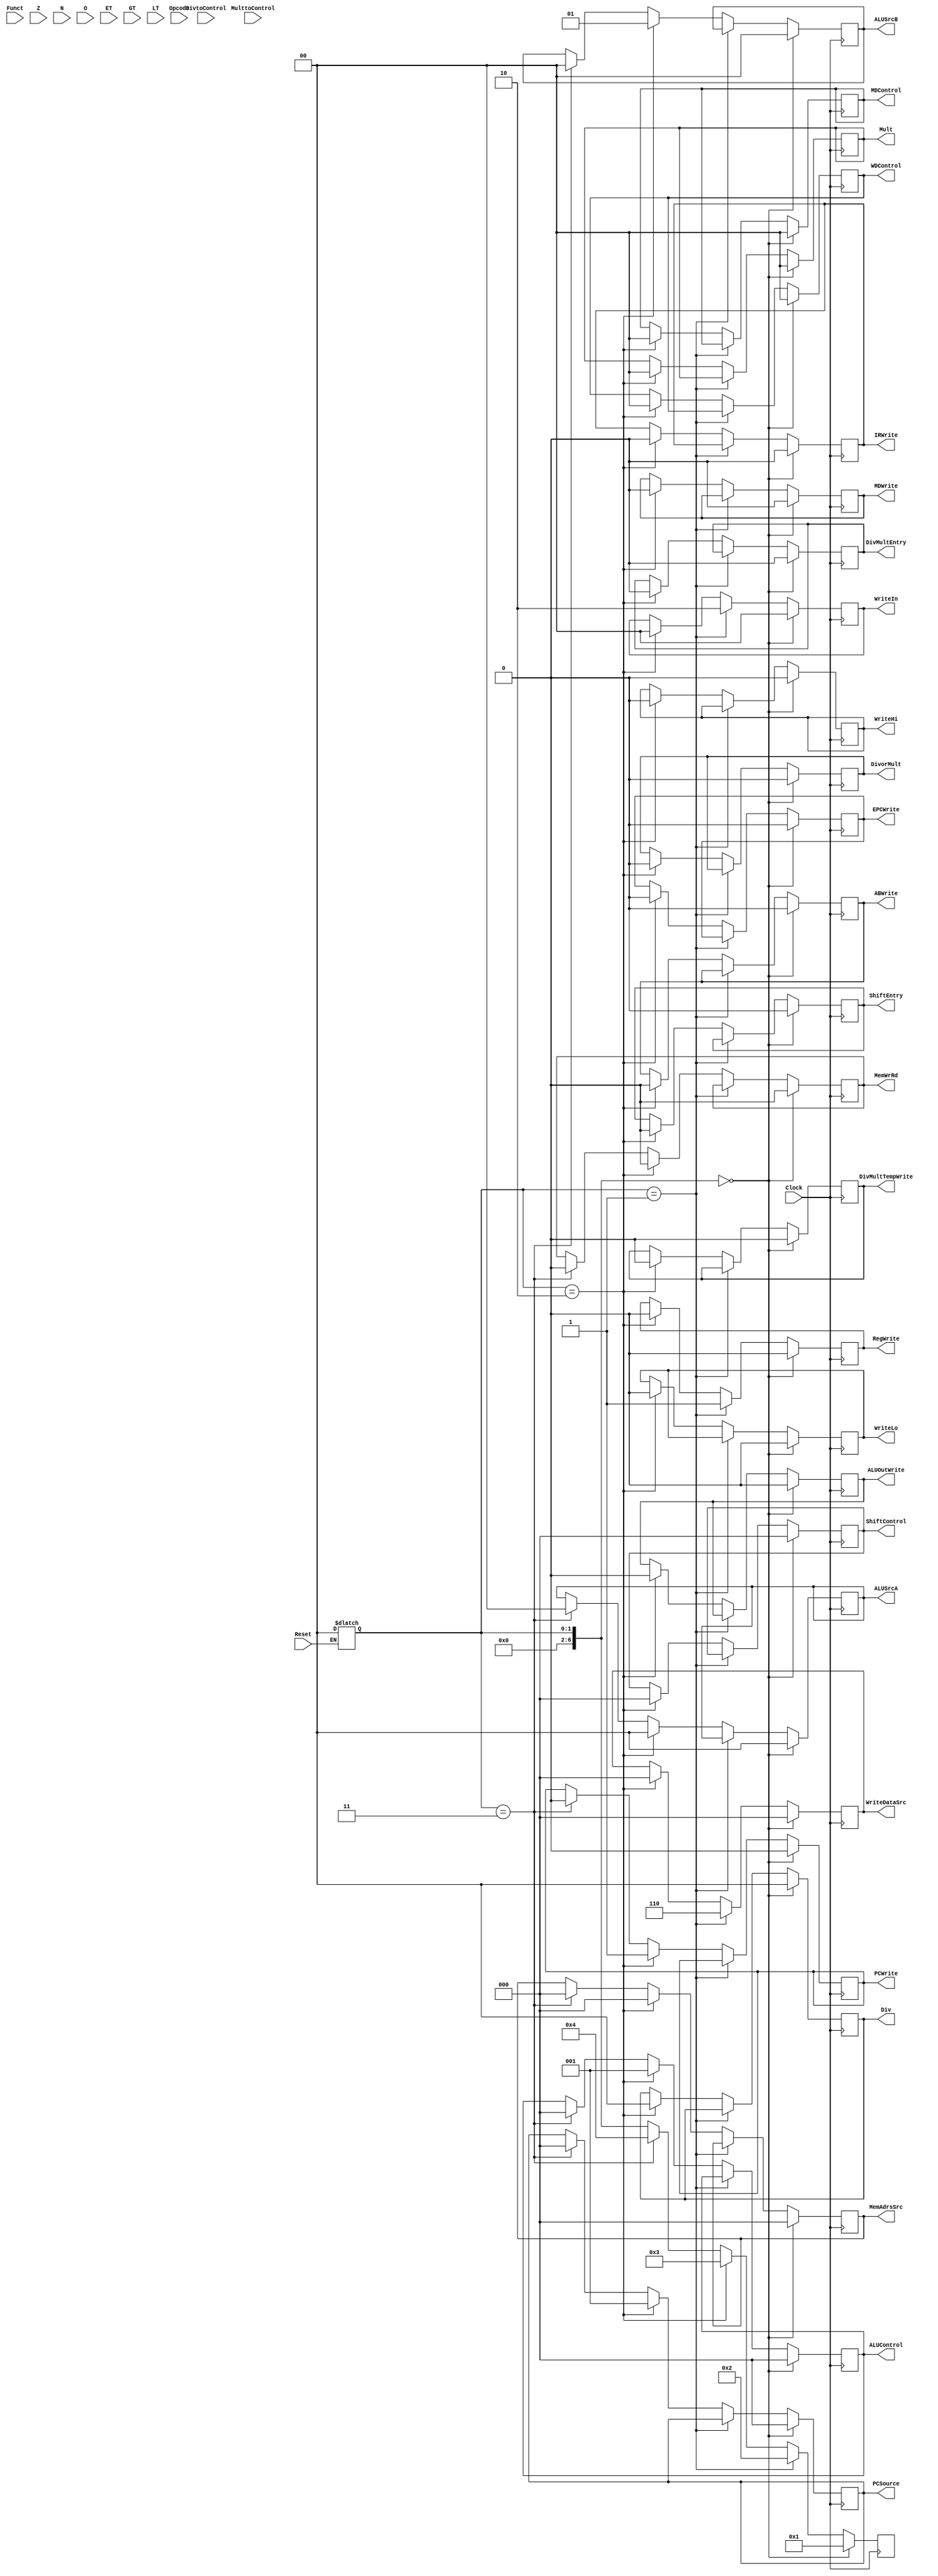
// Unidade de controle

module Control_Unit (
    // -- Outputs ---------------- //
    // PC:
    output reg        PCWrite,
    output reg  [2:0] PCSource,

    // Memria:
    output reg        MemWrRd,
    output reg  [2:0] MemAdrsSrc,
    output reg  [1:0] WDControl,
    
    // Registrador de instruo:
    output reg        IRWrite,

    // Registrador MD:
    output reg        MDWrite,
    output reg  [1:0] MDControl,

    // Banco de Registradores:
    output reg  [1:0] WriteIn,
    output reg  [2:0] WriteDataSrc,
    output reg        RegWrite,

    // Registradores A e B:
    output reg        ABWrite,

    // ALU:
    output reg  [2:0] ALUControl,
    output reg  [1:0] ALUSrcA,
    output reg  [1:0] ALUSrcB,
    output reg        ALUOutWrite,
    output reg        EPCWrite,

    // Registrador de shift:
    output reg  [2:0] ShiftControl,
    output reg        ShiftEntry,

    // Div/Mult:
    output reg        DivMultTempWrite,
    output reg        DivMultEntry,
    output reg  [1:0] Div,
    output reg  [1:0] Mult,
    output reg        DivorMult,
    output reg        WriteHi,
    output reg        WriteLo,


    // -- inputs --------------- //
    // Externos:
    input  wire       Clock,
    input  wire       Reset,

    // Div/Mult:
    input  wire       MulttoControl,
    input  wire [1:0] DivtoControl,

    // Instrues:
    input  wire [5:0] Funct,
    input  wire [5:0] Opcode,

    // Flags:
    input  wire       Z,
    input  wire       N,
    input  wire       O,
    input  wire       ET,
    input  wire       GT,
    input  wire       LT
);
    parameter RESET1 = 7'd0;
    parameter RESET2 = 7'd1;
    parameter BUSCA1 = 7'd2;
    parameter BUSCA2 = 7'd3;
    parameter INSTRUCAOWRITE = 7'd4;
    parameter LEITURA1 = 7'd5;
    parameter LEITURA2 = 7'd6;
    parameter ESCREVE1 = 7'd7;
    parameter ESCREVE2 = 7'd8;
    parameter AND = 7'd9;
    parameter ADD = 7'd10;
    parameter SUB = 7'd11;
    parameter ADDIS = 7'd12;
    parameter JR = 7'd13;
    parameter J = 7'd14;
    parameter JAL1 = 7'd15;
    parameter JAL2 = 7'd16;
    parameter MFHI = 7'd17;
    parameter MFLO = 7'd18;
    parameter SLT = 7'd19;
    parameter BREAK = 7'd20;
    parameter RTE = 7'd21;
    parameter LUI = 7'd22;
    parameter SLTI = 7'd23;
    parameter BRANCHS = 7'd24;
    parameter DESVIO = 7'd25;
    parameter OFFSOMARS = 7'd26;
    parameter MEMTOMDR1 = 7'd27;
    parameter MEMTOMDR2 = 7'd28;
    parameter ADDM = 7'd29;
    parameter LB = 7'd30;
    parameter LH = 7'd31;
    parameter LW = 7'd32;
    parameter SB = 7'd33;
    parameter SH = 7'd34;
    parameter SW = 7'd35;
    parameter SHIFTSHAMT = 7'd36;
    parameter SHIFTREG = 7'd37;
    parameter SHIFTDIREITA = 7'd38;
    parameter SHIFTARITMETICO = 7'd39;
    parameter SHIFTESQUERDA = 7'd40;
    parameter SHIFTRESULT = 7'd41;
    parameter OVERFLOW = 7'd42;
    parameter OVERFLOW2 = 7'd43;
    parameter OVERFLOW3 = 7'd44;
    parameter OVERFLOW4 = 7'd45;
    parameter INEXISTENTE = 7'd46;
    parameter INEXISTENTE2 = 7'd47;
    parameter INEXISTENTE3 = 7'd48;
    parameter INEXISTENTE4 = 7'd49;
    parameter MULT1 = 7'd50;
    parameter MULT2 = 7'd51;
    parameter MULT3 = 7'd52;
    parameter DIV1 = 7'd53;
    parameter DIV2 = 7'd54;
    parameter DIV3 = 7'd55;
    parameter DIVM1 = 7'd56;
    parameter DIVM2 = 7'd57;
    parameter DIVM3 = 7'd58;
    parameter DIVM4 = 7'd59;
    parameter DIVM5 = 7'd60;
    parameter DIVZERO = 7'd61;
    parameter DIVZERO2 = 7'd62;
    parameter DIVZERO3 = 7'd63;
    parameter DIVZERO4 = 7'd64;

    
    reg [6:0] State;
    reg [1:0] Counter;
    

    initial begin
        State <= BUSCA1;
        Counter <= 2'b00;
        PCWrite <= 0;
        PCSource <= 3'b000;
        MemWrRd <= 0;
        MemAdrsSrc <= 3'b000;
        WDControl <= 2'b00;
        IRWrite <= 0;
        MDWrite <= 0;
        MDControl <= 2'b00;
        WriteIn <= 2'b00;
        WriteDataSrc <= 3'b000;
        RegWrite <= 0;
        ABWrite <= 0;
        ALUControl <= 3'b000;
        ALUSrcA <= 2'b00;
        ALUSrcB <= 2'b00;
        ALUOutWrite <= 0;
        EPCWrite <= 0;
        ShiftControl <= 3'b000;
        ShiftEntry <= 0;
        DivMultTempWrite <= 0;
        DivMultEntry <= 0;
        Div <= 2'b00;
        Mult <= 2'b00;
        DivorMult <= 0;
        WriteHi <= 0;
        WriteLo <= 0;
    end


    always @(*) begin
        if (Reset) State <= RESET1;
    end


    always @(posedge Clock) begin
        if (State == RESET1) begin
            State <= RESET2;
            Counter <= 2'b00;
            PCWrite <= 0;
            PCSource <= 3'b000;
            MemWrRd <= 0;
            MemAdrsSrc <= 3'b000;
            WDControl <= 2'b00;
            IRWrite <= 0;
            MDWrite <= 0;
            MDControl <= 2'b00;
            WriteIn <= 2'b00;
            WriteDataSrc <= 3'b000;
            RegWrite <= 0;
            ABWrite <= 0;
            ALUControl <= 3'b000;
            ALUSrcA <= 2'b00;
            ALUSrcB <= 2'b00;
            ALUOutWrite <= 0;
            EPCWrite <= 0;
            ShiftControl <= 3'b000;
            ShiftEntry <= 0;
            DivMultTempWrite <= 0;
            DivMultEntry <= 0;
            Div <= 2'b00;
            Mult <= 2'b00;
            DivorMult <= 0;
            WriteHi <= 0;
            WriteLo <= 0;
        end
        else if (State == RESET2) begin
            WriteIn <= 2'b10;
            WriteDataSrc <= 3'b110;
            RegWrite <= 1;
            State <= BUSCA1;
        end
        else if (State == BUSCA1) begin
            PCWrite <= 1;//
            PCSource <= 3'b001;//
            MemWrRd <= 0;//
            MemAdrsSrc <= 3'b000;//
            WDControl <= 2'b00;
            IRWrite <= 0;
            MDWrite <= 0;
            MDControl <= 2'b00;
            WriteIn <= 2'b00;
            WriteDataSrc <= 3'b000;
            RegWrite <= 0;
            ABWrite <= 0;
            ALUControl <= 3'b001;//
            ALUSrcA <= 2'b00;//
            ALUSrcB <= 2'b01;//
            ALUOutWrite <= 0;
            EPCWrite <= 0;
            ShiftControl <= 3'b000;
            ShiftEntry <= 0;
            DivMultTempWrite <= 0;
            DivMultEntry <= 0;
            Div <= 2'b00;
            Mult <= 2'b00;
            DivorMult <= 0;
            WriteHi <= 0;
            WriteLo <= 0;
            
            Counter <= 2'b00;
            State <= BUSCA2;
        end
        else if (State == BUSCA2) begin
            PCWrite <= 0;
            PCSource <= 3'b000;
            MemWrRd <= 0;//
            MemAdrsSrc <= 3'b000;//
            ALUControl <= 3'b000;
            ALUSrcA <= 2'b00;
            ALUSrcB <= 2'b00;
            
            State <= INSTRUCAOWRITE;
        end
        else if (State == INSTRUCAOWRITE) begin
            MemWrRd <= 0;
            MemAdrsSrc <= 3'b000;
            IRWrite <= 1;//
            
            State <= LEITURA1;
        end
        else if (State == LEITURA1) begin
            IRWrite <= 0;
            ABWrite <= 1;//
            ALUControl <= 3'b001;//
            ALUSrcA <= 2'b00;//
            ALUSrcB <= 2'b11;//
            ALUOutWrite <= 1;//
            
            State <= LEITURA2;
        end
        else if (State == LEITURA2) begin
            ABWrite <= 0;
            ALUControl <= 3'b000;
            ALUSrcA <= 2'b00;
            ALUSrcB <= 2'b00;
            ALUOutWrite <= 0;

            Counter <= 2'b00;
            if (Opcode == 6'h0) begin
                if (Funct == 6'h0 || Funct == 6'h2 ||
                    Funct == 6'h3)
                    State <= SHIFTSHAMT;
                else if (Funct == 6'h4 || Funct == 6'h7)
                    State <= SHIFTREG;
                else if (Funct == 6'h5)
                    State <= DIVM1;
                else if (Funct == 6'h8)
                    State <= JR;
                else if (Funct == 6'hd)
                    State <= BREAK;
                else if (Funct == 6'h10)
                    State <= MFHI;
                else if (Funct == 6'h12)
                    State= MFLO;
                else if (Funct == 6'h13)
                    State <= RTE;
                else if (Funct == 6'h18)
                    State <= MULT1;
                else if (Funct == 6'h1a)
                    State <= DIV1; 
                else if (Funct == 6'h20)
                    State <= ADD;
                else if (Funct == 6'h22)
                    State <= SUB;
                else if (Funct == 6'h24)
                    State <= AND;
                else if (Funct == 6'h2a)
                    State <= SLT;
                else 
                    State <= INEXISTENTE;
            end
            else if (Opcode == 6'h2)
                State <= J;
            else if (Opcode == 6'h3)
                State <= JAL1;
            else if (Opcode == 6'h4 || Opcode == 6'h5 ||
                     Opcode == 6'h6 || Opcode == 6'h7)
                State <= BRANCHS;
            else if (Opcode == 6'h8 || Opcode == 6'h9)
                State <= ADDIS;
            else if (Opcode == 6'ha)
                State <= SLTI;
            else if (Opcode == 6'hf)
                    State <= LUI;
            else if (Opcode == 6'h1  || Opcode == 6'h20 ||
                     Opcode == 6'h21 || Opcode == 6'h23 ||
                     Opcode == 6'h28 || Opcode == 6'h29 ||
                     Opcode == 6'h2b)
                State <= OFFSOMARS;
            else
                State <= INEXISTENTE;
        end
        else if (State == ESCREVE1) begin
            WriteIn <= 2'b01;//
            WriteDataSrc <= 3'b000;//
            RegWrite <= 1;//
            ALUControl <= 3'b000;
            ALUSrcA <= 2'b00;
            ALUSrcB <= 2'b00;
            ALUOutWrite <= 0;

            Counter <= 2'b00;
            State <= BUSCA1;
        end
        else if (State == ESCREVE2) begin
            WriteIn <= 2'b00;//
            WriteDataSrc <= 3'b000;//
            RegWrite <= 1;//
            ALUControl <= 3'b000;
            ALUSrcA <= 2'b00;
            ALUSrcB <= 2'b00;
            ALUOutWrite <= 0;

            Counter <= 2'b00;
            State <= BUSCA1;
        end
        else if (State == AND) begin
            ALUControl <= 3'b011;//
            ALUSrcA <= 2'b01;//
            ALUSrcB <= 2'b00;//
            ALUOutWrite <= 1;//

            State <= ESCREVE1;
        end
        else if (State == ADD) begin
            ALUControl <= 3'b001;//
            ALUSrcA <= 2'b01;//
            ALUSrcB <= 2'b00;//
            ALUOutWrite <= 1;//

            if (Counter == 2'b01) begin 
                if (O == 1)
                    State <= OVERFLOW;
                else
                    State <= ESCREVE1;
            end
            else
                Counter <= Counter + 1;
        end
        else if (State == SUB) begin
            ALUControl <= 3'b010;//
            ALUSrcA <= 2'b01;//
            ALUSrcB <= 2'b00;//
            ALUOutWrite <= 1;//
            
            if (Counter == 2'b01) begin 
                if (O == 1)
                    State <= OVERFLOW;
                else
                    State <= ESCREVE1;
            end
            else
                Counter <= Counter + 1;
        end
        else if (State == ADDIS) begin
            ALUControl <= 3'b001;//
            ALUSrcA <= 2'b01;//
            ALUSrcB <= 2'b10;//
            ALUOutWrite <= 1;//

            if (Counter == 2'b01) begin 
                if (Opcode == 6'h8 && O == 1)
                    State <= OVERFLOW;
                else
                    State <= ESCREVE2;
            end
            else
                Counter <= Counter + 1;
        end
        else if (State == JR) begin
            PCWrite <= 1;//
            PCSource <= 3'b001;//
            ALUControl <= 3'b000;//
            ALUSrcA <= 2'b01;//
            
            State <= BUSCA1;
        end
        else if (State == J) begin
            PCWrite <= 1;//
            PCSource <= 3'b000;//
            
            State <= BUSCA1;
        end
        else if (State == JAL1) begin
            ALUControl <= 3'b000;//
            ALUSrcA <= 2'b00;//
            ALUOutWrite <= 1;//
            
            State <= JAL2;
        end
        else if (State == JAL2) begin
            PCWrite <= 1;//
            PCSource <= 3'b000;//
            WriteIn <= 2'b11;//
            WriteDataSrc <= 3'b000;//
            RegWrite <= 1;//
            ALUControl <= 3'b000;
            ALUSrcA <= 2'b00;
            ALUOutWrite <= 0;

            State <= BUSCA1;
        end
        else if (State == MFHI) begin
            WriteIn <= 2'b01;//
            WriteDataSrc <= 3'b100;//
            RegWrite <= 1;//
            
            State <= BUSCA1;
        end
        else if (State == MFLO) begin
            WriteIn <= 2'b01;//
            WriteDataSrc <= 3'b011;//
            RegWrite <= 1;//
            
            State <= BUSCA1;
        end
        else if (State == SLT) begin
            WriteIn <= 2'b01;//
            WriteDataSrc <= 3'b111;//
            RegWrite <= 1;//
            ALUControl <= 3'b111;//
            ALUSrcA <= 2'b01;//
            ALUSrcB <= 2'b00;//
            
            State <= BUSCA1;
        end
        else if (State == BREAK) begin
            PCWrite <= 1;//
            PCSource <= 3'b001;//
            ALUControl <= 3'b010;//
            ALUSrcA <= 2'b00;//
            ALUSrcB <= 2'b01;//
            
            State <= BUSCA1;
        end
        else if (State == RTE) begin
            PCWrite <= 1;//
            PCSource <= 3'b010;//
            
            State <= BUSCA1;
        end
        else if (State == LUI) begin
            WriteIn <= 2'b00;//
            WriteDataSrc <= 3'b010;//
            RegWrite <= 1;//
            
            State <= BUSCA1;
        end
        else if (State == SLTI) begin
            WriteIn <= 2'b00;//
            WriteDataSrc <= 3'b111;//
            RegWrite <= 1;//
            ALUControl <= 3'b111;///
            ALUSrcA <= 2'b01;//
            ALUSrcB <= 2'b10;//
            
            State <= BUSCA1;
        end
        else if (State == BRANCHS) begin
            ALUControl <= 3'b111;//
            ALUSrcA <= 2'b01;//
            ALUSrcB <= 2'b00;//
            
            if (Counter == 2'b01) begin 
                if ((Opcode == 6'h4 && ET == 0) ||
                    (Opcode == 6'h5 && ET == 1) ||
                    (Opcode == 6'h6 && GT == 1) ||
                    (Opcode == 6'h7 && GT == 0))
                    State <= BUSCA1;
                else if ((Opcode == 6'h4 && ET == 1) ||
                    (Opcode == 6'h5 && ET == 0) ||
                    (Opcode == 6'h6 && (ET == 1 || LT == 1)) ||
                    (Opcode == 6'h7 && GT == 1))
                    State <= DESVIO;
            end
            else
                Counter <= Counter + 1;
        end
        else if (State == DESVIO) begin
            PCWrite <= 1;//
            PCSource <= 3'b011;//
            ALUControl <= 3'b000;
            ALUSrcA <= 2'b00;
            ALUSrcB <= 2'b00;

            Counter <= 2'b00;
            State <= BUSCA1;
        end
        else if (State == OFFSOMARS) begin
            ALUControl <= 3'b001;//
            ALUSrcA <= 2'b01;//
            ALUSrcB <= 2'b10;//
            ALUOutWrite <= 1;//
            
            State <= MEMTOMDR1;
        end
        else if (State == MEMTOMDR1) begin
            MemWrRd <= 0;//
            MemAdrsSrc <= 3'b001;//
            ALUControl <= 3'b000;
            ALUSrcA <= 2'b00;
            ALUSrcB <= 2'b00;
            ALUOutWrite <= 0;
            
            if (Counter == 2'b00) begin
                Counter <= Counter + 1;
            end
            else if (Counter == 2'b01) begin
                Counter <= 2'b00;
                State <= MEMTOMDR2;
            end
        end
        else if (State == MEMTOMDR2) begin
            MemWrRd <= 0;//
            MemAdrsSrc <= 3'b001;//
            MDWrite <= 1;//

            Counter <= 2'b00;
            if (Opcode == 6'h1)
                State <= ADDM;
            else if (Opcode == 6'h20)
                State <= LB;
            else if (Opcode == 6'h21)
                State <= LH;
            else if (Opcode == 6'h23)
                State <= LW;
            else if (Opcode == 6'h28)
                State <= SB;
            else if (Opcode == 6'h29)
                State <= SH;
            else if (Opcode == 6'h2b)
                State <= SW;
        end
        else if (State == ADDM) begin
            ALUControl <= 3'b001;//
            ALUSrcA <= 2'b10;//
            ALUSrcB <= 2'b00;//
            ALUOutWrite <= 1;//
            MemWrRd <= 0;
            MemAdrsSrc <= 3'b000;
            MDWrite <= 0;


            if (Counter == 2'b01) begin 
                if (O == 1)
                    State <= OVERFLOW;
                else
                    State <= ESCREVE2;
            end
            else
                Counter <= Counter + 1;
        end
        else if (State == LB) begin
            MDControl <= 2'b10;//
            WriteIn <= 2'b00;//
            WriteDataSrc <= 3'b001;//
            RegWrite <= 1;//
            MemWrRd <= 0;
            MemAdrsSrc <= 3'b000;
            MDWrite <= 0;

            State <= BUSCA1;
        end
        else if (State == LH) begin
            MDControl <= 2'b01;//
            WriteIn <= 2'b00;//
            WriteDataSrc <= 3'b001;//
            RegWrite <= 1;//
            MemWrRd <= 0;
            MemAdrsSrc <= 3'b000;
            MDWrite <= 0;

            State <= BUSCA1;
        end
        else if (State == LW) begin
            MDControl <= 2'b00;//
            WriteIn <= 2'b00;//
            WriteDataSrc <= 3'b001;//
            RegWrite <= 1;//
            MemWrRd <= 0;
            MemAdrsSrc <= 3'b000;
            MDWrite <= 0;
            
            State <= BUSCA1;
        end
        else if (State == SB) begin
            MemWrRd <= 1;//
            MemAdrsSrc <= 3'b001;//
            WDControl <= 2'b10;//
            
            State <= BUSCA1;
        end
        else if (State == SH) begin
            MemWrRd <= 1;//
            MemAdrsSrc <= 3'b001;//
            WDControl <= 2'b01;//
            
            State <= BUSCA1;
        end
        else if (State == SW) begin
            MemWrRd <= 1;//
            MemAdrsSrc <= 3'b001;//
            WDControl <= 2'b00;//
            
            State <= BUSCA1;
        end
        else if (State == SHIFTSHAMT) begin
            ShiftControl <= 3'b001;//
            ShiftEntry <= 0;//
            
            if (Funct == 6'h2)
                State <= SHIFTDIREITA;
            else if (Funct == 6'h3)
                State <= SHIFTARITMETICO;
            else if (Funct == 6'h0)
                State <= SHIFTESQUERDA;
        end
        else if (State == SHIFTREG) begin
            ShiftControl <= 3'b001;//
            ShiftEntry <= 1;//
            
            if (Funct == 6'h4)
                State <= SHIFTESQUERDA;
            else if (Funct == 6'h7)
                State <= SHIFTARITMETICO;
        end
        else if (State == SHIFTDIREITA) begin
            ShiftControl <= 3'b011;//
            ShiftEntry <= 0;

            State <= SHIFTRESULT;
        end
        else if (State == SHIFTARITMETICO) begin
            ShiftControl <= 3'b100;//
            ShiftEntry <= 0;
            
            State <= SHIFTRESULT;
        end
        else if (State == SHIFTESQUERDA) begin
            ShiftControl <= 3'b010;//
            ShiftEntry <= 0;
            
            State <= SHIFTRESULT;
        end
        else if (State == SHIFTRESULT) begin
            WriteIn <= 2'b01;//
            WriteDataSrc <= 3'b101;//
            RegWrite <= 1;//
            ShiftControl <= 3'b000;
            
            State <= BUSCA1;
        end
        else if (State == OVERFLOW) begin
            ALUControl <= 3'b010;//
            ALUSrcA <= 2'b00;//
            ALUSrcB <= 2'b01;//
            EPCWrite <= 1;//
            MemWrRd <= 0;//
            MemAdrsSrc <= 3'b011;//
            ALUOutWrite <= 0;

            State <= OVERFLOW2;
        end
        else if (State == OVERFLOW2) begin
            MemWrRd <= 0;//
            MemAdrsSrc <= 3'b011;//
            ALUControl <= 3'b000;
            ALUSrcA <= 2'b00;
            ALUSrcB <= 2'b00;
            EPCWrite <= 0;

            State <= OVERFLOW3;
        end
        else if (State == OVERFLOW3) begin
            MemWrRd <= 0;//
            MemAdrsSrc <= 3'b011;//
            MDWrite <= 1;//
            
            State <= OVERFLOW4;
        end
        else if (State == OVERFLOW4) begin
            PCWrite <= 1;//
            PCSource <= 3'b100;//
            MDControl <= 2'b10;//
            MemWrRd <= 0;
            MemAdrsSrc <= 3'b000;
            MDWrite <= 0;

            State <= BUSCA1;
        end
        else if (State == INEXISTENTE) begin
            ALUControl <= 3'b010;//
            ALUSrcA <= 2'b00;//
            ALUSrcB <= 2'b01;//
            EPCWrite <= 1;//
            MemWrRd <= 0;//
            MemAdrsSrc <= 3'b010;//
            ALUOutWrite <= 0;
            
            State <= INEXISTENTE2;
        end
        else if (State == INEXISTENTE2) begin
            MemWrRd <= 0;//
            MemAdrsSrc <= 3'b010;//
            ALUControl <= 3'b000;
            ALUSrcA <= 2'b00;
            ALUSrcB <= 2'b00;
            EPCWrite <= 0;

            State <= INEXISTENTE3;
        end
        else if (State == INEXISTENTE3) begin
            MemWrRd <= 0;//
            MemAdrsSrc <= 3'b010;//
            MDWrite <= 1;//

            State <= INEXISTENTE4;
        end
        else if (State == INEXISTENTE4) begin
            PCWrite <= 1;//
            PCSource <= 3'b100;//
            MDControl <= 2'b10;//
            MemWrRd <= 0;
            MemAdrsSrc <= 3'b000;
            MDWrite <= 0;

            State <= BUSCA1;
        end
        else if (State == MULT1) begin
            DivMultEntry <= 0;//
            Mult <= 2'b01;//
            
            State <= MULT2;
        end
        else if (State == MULT2) begin
            Mult <= 2'b10;//
            DivMultEntry <= 0;

            if (MulttoControl == 1)
                State <= MULT3;
        end
        else if (State == MULT3) begin
            DivorMult <= 1;//
            WriteHi <= 1;//
            WriteLo <= 1;//
            Mult <= 2'b00;

            State <= BUSCA1;
        end
        else if (State == DIV1) begin
            DivMultEntry <= 0;//
            Div <= 2'b01;//

            State <= DIV2;
        end
        else if (State == DIV2) begin
            Div <= 2'b10;//
            DivMultEntry <= 0;

            if (DivtoControl == 2'b01)
                State <= DIV3;
            else if (DivtoControl == 2'b10)
                State <= DIVZERO;
        end
        else if (State == DIV3) begin
            DivorMult <= 0;//
            WriteHi <= 1;//
            WriteLo <= 1;//
            Div <= 2'b00;

            State <= BUSCA1;
        end
        else if (State == DIVM1) begin
            MemAdrsSrc <= 3'b110;//
            MemWrRd <= 0;//

            if (Counter == 2'b01) begin 
                State <= DIVM2;
            end
            else begin
                Counter <= Counter + 1;
            end
        end
        else if (State == DIVM2) begin
            MemAdrsSrc <= 3'b101;//
            MemWrRd <= 0;//
            MDWrite <= 1;//
            
            Counter <= 2'b00;
            State <= DIVM3;
        end
        else if (State == DIVM3) begin
            MemAdrsSrc <= 3'b101;//
            MemWrRd <= 0;//
            DivMultTempWrite <= 1;//
            MDWrite <= 0;

            State <= DIVM4;
            
        end
        else if (State == DIVM4) begin
            MemAdrsSrc <= 3'b101;//
            MemWrRd <= 0;//
            MDWrite <= 1;//
            DivMultTempWrite <= 0;

            State <= DIVM5;
        end
        else if (State == DIVM5) begin
            DivMultEntry <= 1;//
            Div <= 2'b01;//
            MemAdrsSrc <= 3'b000;
            MemWrRd <= 0;
            MDWrite <= 0;

            State <= DIV2;
        end
        else if (State == DIVZERO) begin
            ALUControl <= 3'b010;//
            ALUSrcA <= 2'b00;//
            ALUSrcB <= 2'b01;//
            EPCWrite <= 1;//
            MemWrRd <= 0;//
            MemAdrsSrc <= 3'b100;//
            Div <= 2'b00;

            State <= DIVZERO2;  
        end
        else if (State == DIVZERO2) begin
            MemWrRd <= 0;//
            MemAdrsSrc <= 3'b100;//
            ALUControl <= 3'b000;
            ALUSrcA <= 2'b00;
            ALUSrcB <= 2'b00;
            EPCWrite <= 0;

            State <= DIVZERO3;  
        end
        else if (State == DIVZERO3) begin
            MemWrRd <= 0;//
            MemAdrsSrc <= 3'b100;//
            MDWrite <= 1;//

            State <= DIVZERO4;  
        end
        else if (State == DIVZERO4) begin
            PCWrite <= 1;//
            PCSource <= 3'b100;//
            MDControl <= 2'b10;//
            MemWrRd <= 0;
            MemAdrsSrc <= 3'b000;
            MDWrite <= 0;

            State <= BUSCA1;  
        end
    end
endmodule